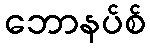
ဘောနပ်စ်